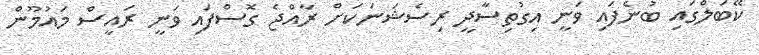
ކޭބަލްގައި ބުނެފައި ވަނީ އިގުތިސާދީ ރިސެޝަނަކަށް ރާއްޖެ ގޮސްފައި ވަނީ ރައީސް މައުމޫން